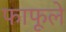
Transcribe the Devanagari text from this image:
फाफूले